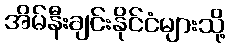
အိမ်နီးချင်းနိုင်ငံများသို့